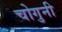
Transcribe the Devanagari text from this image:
चोगुनी